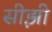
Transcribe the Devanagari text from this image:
सीझी